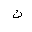
Letter: _kaf